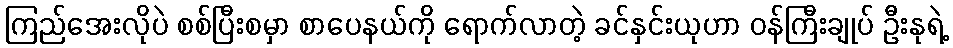
ကြည်အေးလိုပဲ စစ်ပြီးစမှာ စာပေနယ်ကို ရောက်လာတဲ့ ခင်နှင်းယုဟာ ဝန်ကြီးချုပ် ဦးနုရဲ့